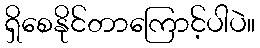
ရှိစေနိုင်တာကြောင့်ပါပဲ။